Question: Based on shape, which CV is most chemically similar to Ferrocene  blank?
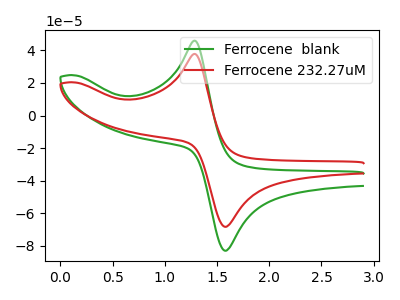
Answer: <think>The green curve "Ferrocene  blank" has an anodic peak at (1.30V, 45.95uA) and a cathodic peak at (1.60V, -82.85uA). The red curve "Ferrocene 232.27uM" has an anodic peak at (1.30V, 37.85uA) and a cathodic peak at (1.60V, -68.20uA).
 All the peaks in "Ferrocene  blank" have a peak in "Ferrocene 232.27uM" at the same potential. Every peak in "Ferrocene  blank" is higher than every peak in "Ferrocene 232.27uM".</think>
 <answer>The CV with the most similar shape to "Ferrocene 232.27uM" is "Ferrocene  blank".</answer>
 <eval>"Ferrocene  blank"</eval>